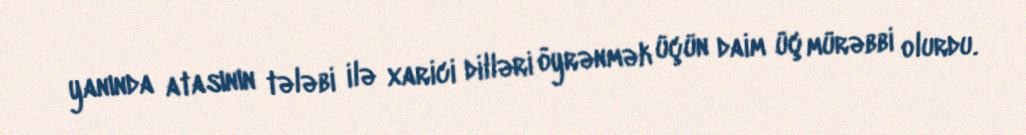
yanında atasının tələbi ilə xarici dilləri öyrənmək üçün daim üç mürəbbi olurdu.